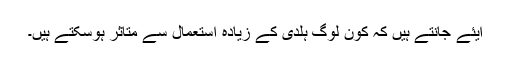
آیئے جانتے ہیں کہ کون لوگ ہلدی کے زیادہ استعمال سے متاثر ہوسکتے ہیں۔